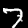
Digit: 7